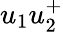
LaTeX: u_{1}u_{2}^{+}